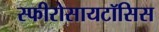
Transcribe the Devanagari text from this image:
स्फीरोसायटॉसिस